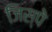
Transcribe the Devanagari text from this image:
जिस्पे